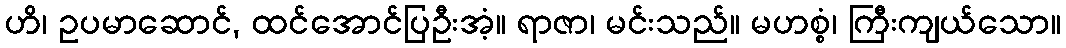
ဟိ၊ ဥပမာဆောင်, ထင်အောင်ပြဦးအံ့။ ရာဇာ၊ မင်းသည်။ မဟစ္စံ၊ ကြီးကျယ်သော။